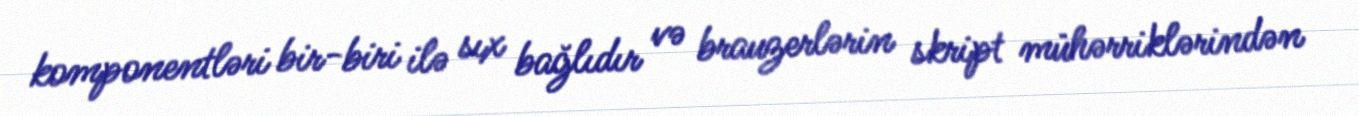
komponentləri bir-biri ilə sıx bağlıdır və brauzerlərin skript mühərriklərindən